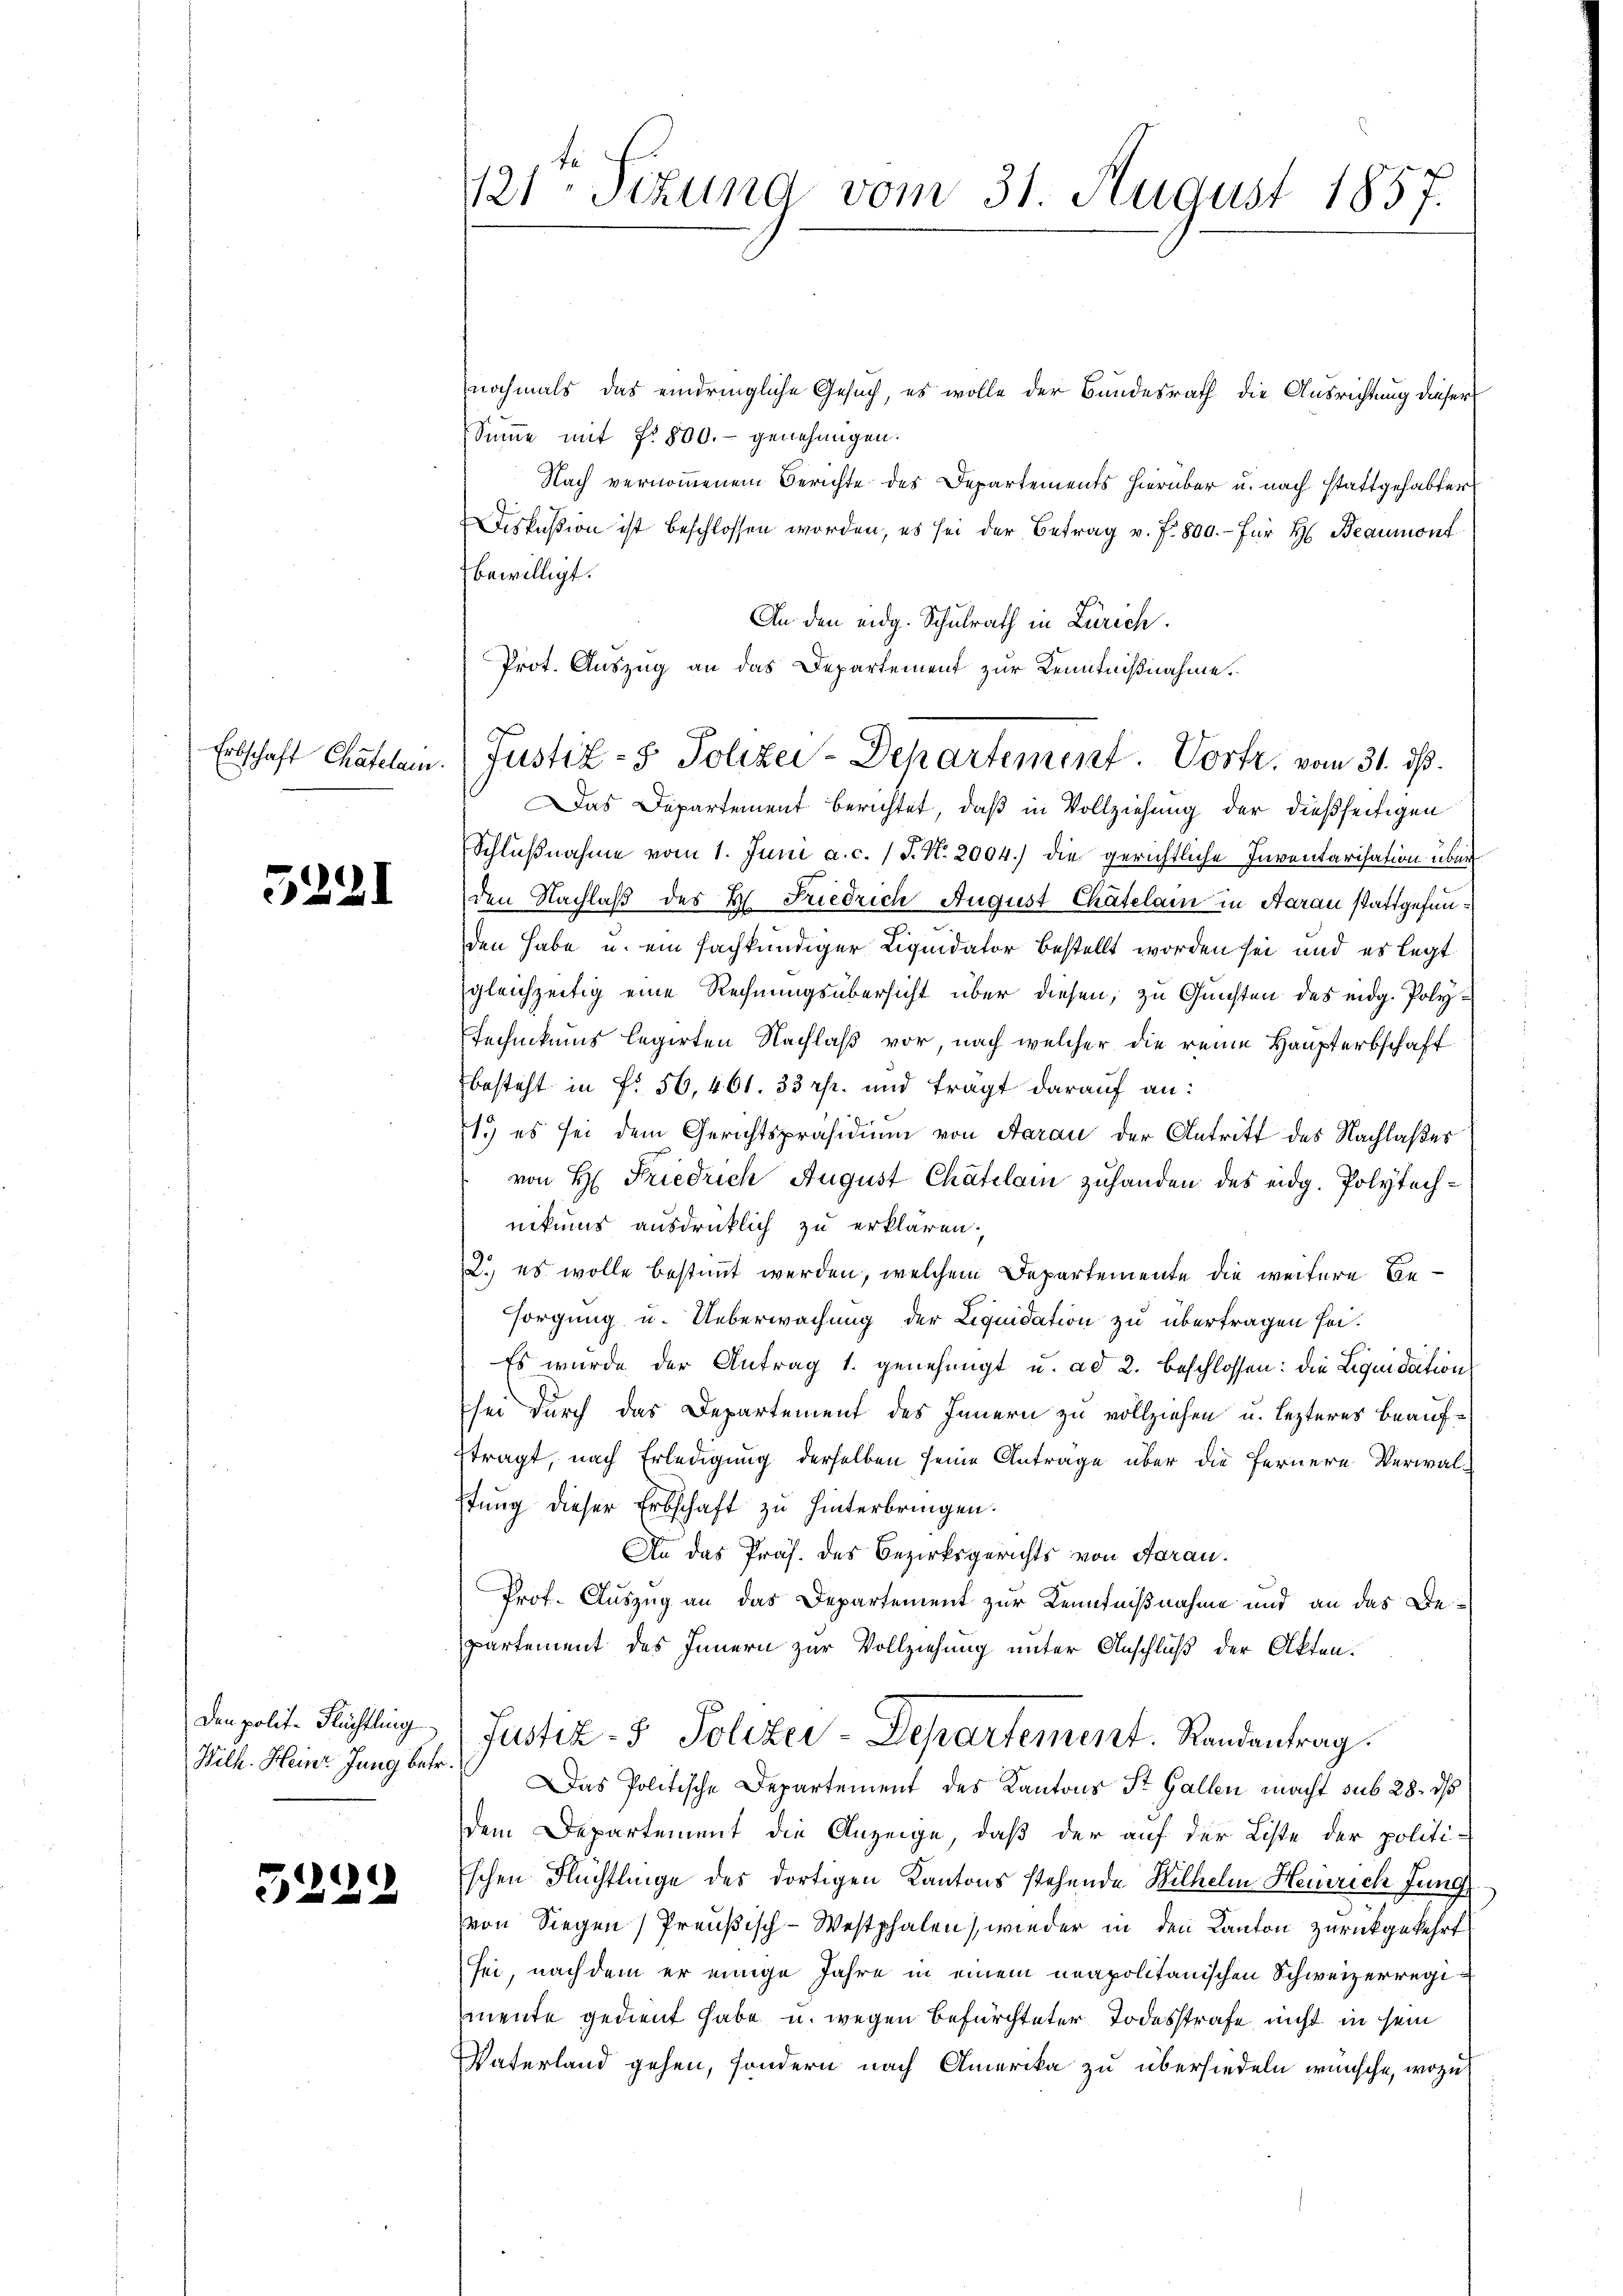
Erbschaft Chatelam

5221

Den polit. Flüchtling
Wilh. Heinr. Jung betr.

3229

121. Sitzung vom 31. August 1857.

Prot. Auszug an das Departement zur Kenntnißnahme.
Justiz- & Polizei-Departement. Vortr. vom 31. ds.

nochmals das eindringliche Gesuch, es wolle der Bundesrath die Ausrichtung dieser
Sinne mit §. 800.- genehmigen.
Nach vernommenem Berichte des Departements hierüber u. nach stattgehabter
Diskußion ist beschlossen worden, es sei der Betrag v. J. 800.- für H Beaumont
bewilligt.
An den eidg. Schulrath in Zürich.
Das Departement berichtet, daß in Vollziehung der dießseitigen
Schlŭβnahme vom 1. Juni a. c. 1 S. N. 2004.) die gerichtliche Inventarisation über
den Nachlaß des H. Friedrich August Chatelam in Aarau stattgefunden habe u. ein fachkundiger Liquidator bestellt worden sei und es legt
gleichzeitig eine Rechnungsübersicht über diesen, zu Gunsten des eidg. Poly¬
Technikums legirten Nachlaß vor, nach welcher die reine Haupterbschaft
besteht in Fr. 56,461. 33 rp. und trägt darauf an:
1.) es sei dem Gerichtspräsidium von Faran der Antritt des Nachlaßes
von H: Friedrich August Chätelam zuhanden des eidg. Polytechnikums ausdrücklich zu erklären.
2. es wolle bestimmt werden, welchem Departemente die weitere Besorgung u. Ueberwachung der Liquidation zu übertragen sei¬
Es wurde der Antrag 1. genehmigt u. ad 2. Beschlossen: die Liquidation
sei durch das Departement des Innern zu vollziehen u. lezteres Beauftragt, nach Erledigung derselben seine Antrage über die fernere Verwalstung dieser Erbschaft zu hinterbringen.
An das Präs. des Bezirksgerichts von Aarau
Prof. Auszug an das Departement zur Kenntnißnahme und an das Bepartement des Innern zur Vollziehung unter Anschluß der Akten.
Justiz- & Polizei-Departement. Randantrag.
Das Politische Departement des Kantons St. Gallen macht sub 28. ds
dem Departement die Anzeige, daß der auf der Liste der politi-
Eschen Flüchtlinge des dortigen Kantons stehende Wilhelm Heinrich Jung
von Siegen Preußisch-Westphalen, wieder in den Kanton zurückgekehrt
sei, nachdem er einige Jahre in einem neapolitanischen Schweizerregimente gedient habe u. wegen befürchteter Todesstrafe nicht in sein
Vaterland gehen, sondern nach Amerika zu übersiedeln wünsche, wozu